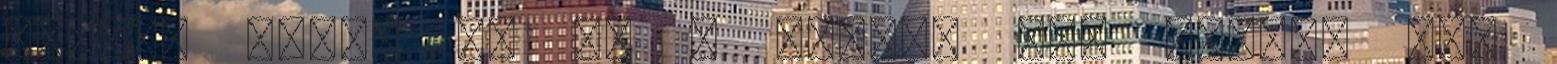
blogom 4ever Jó ez a stílus csk tartsd meg